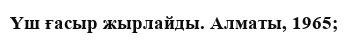
Үш ғасыр жырлайды. Алматы, 1965;